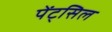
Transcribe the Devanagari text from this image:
पेंट्सिल